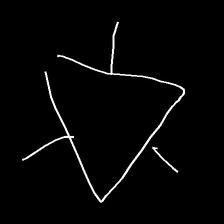
Glyph: fire